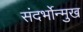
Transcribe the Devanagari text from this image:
संदर्भोन्मुख